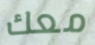
معك